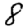
Digit: 8